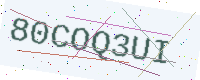
Text: 80COQ3UI